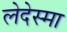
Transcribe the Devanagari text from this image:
लेदेस्मा